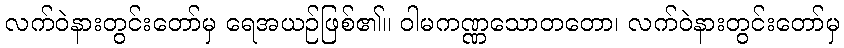
လက်ဝဲနားတွင်းတော်မှ ရေအယဉ်ဖြစ်၏။ ဝါမကဏ္ဏသောတတော၊ လက်ဝဲနားတွင်းတော်မှ